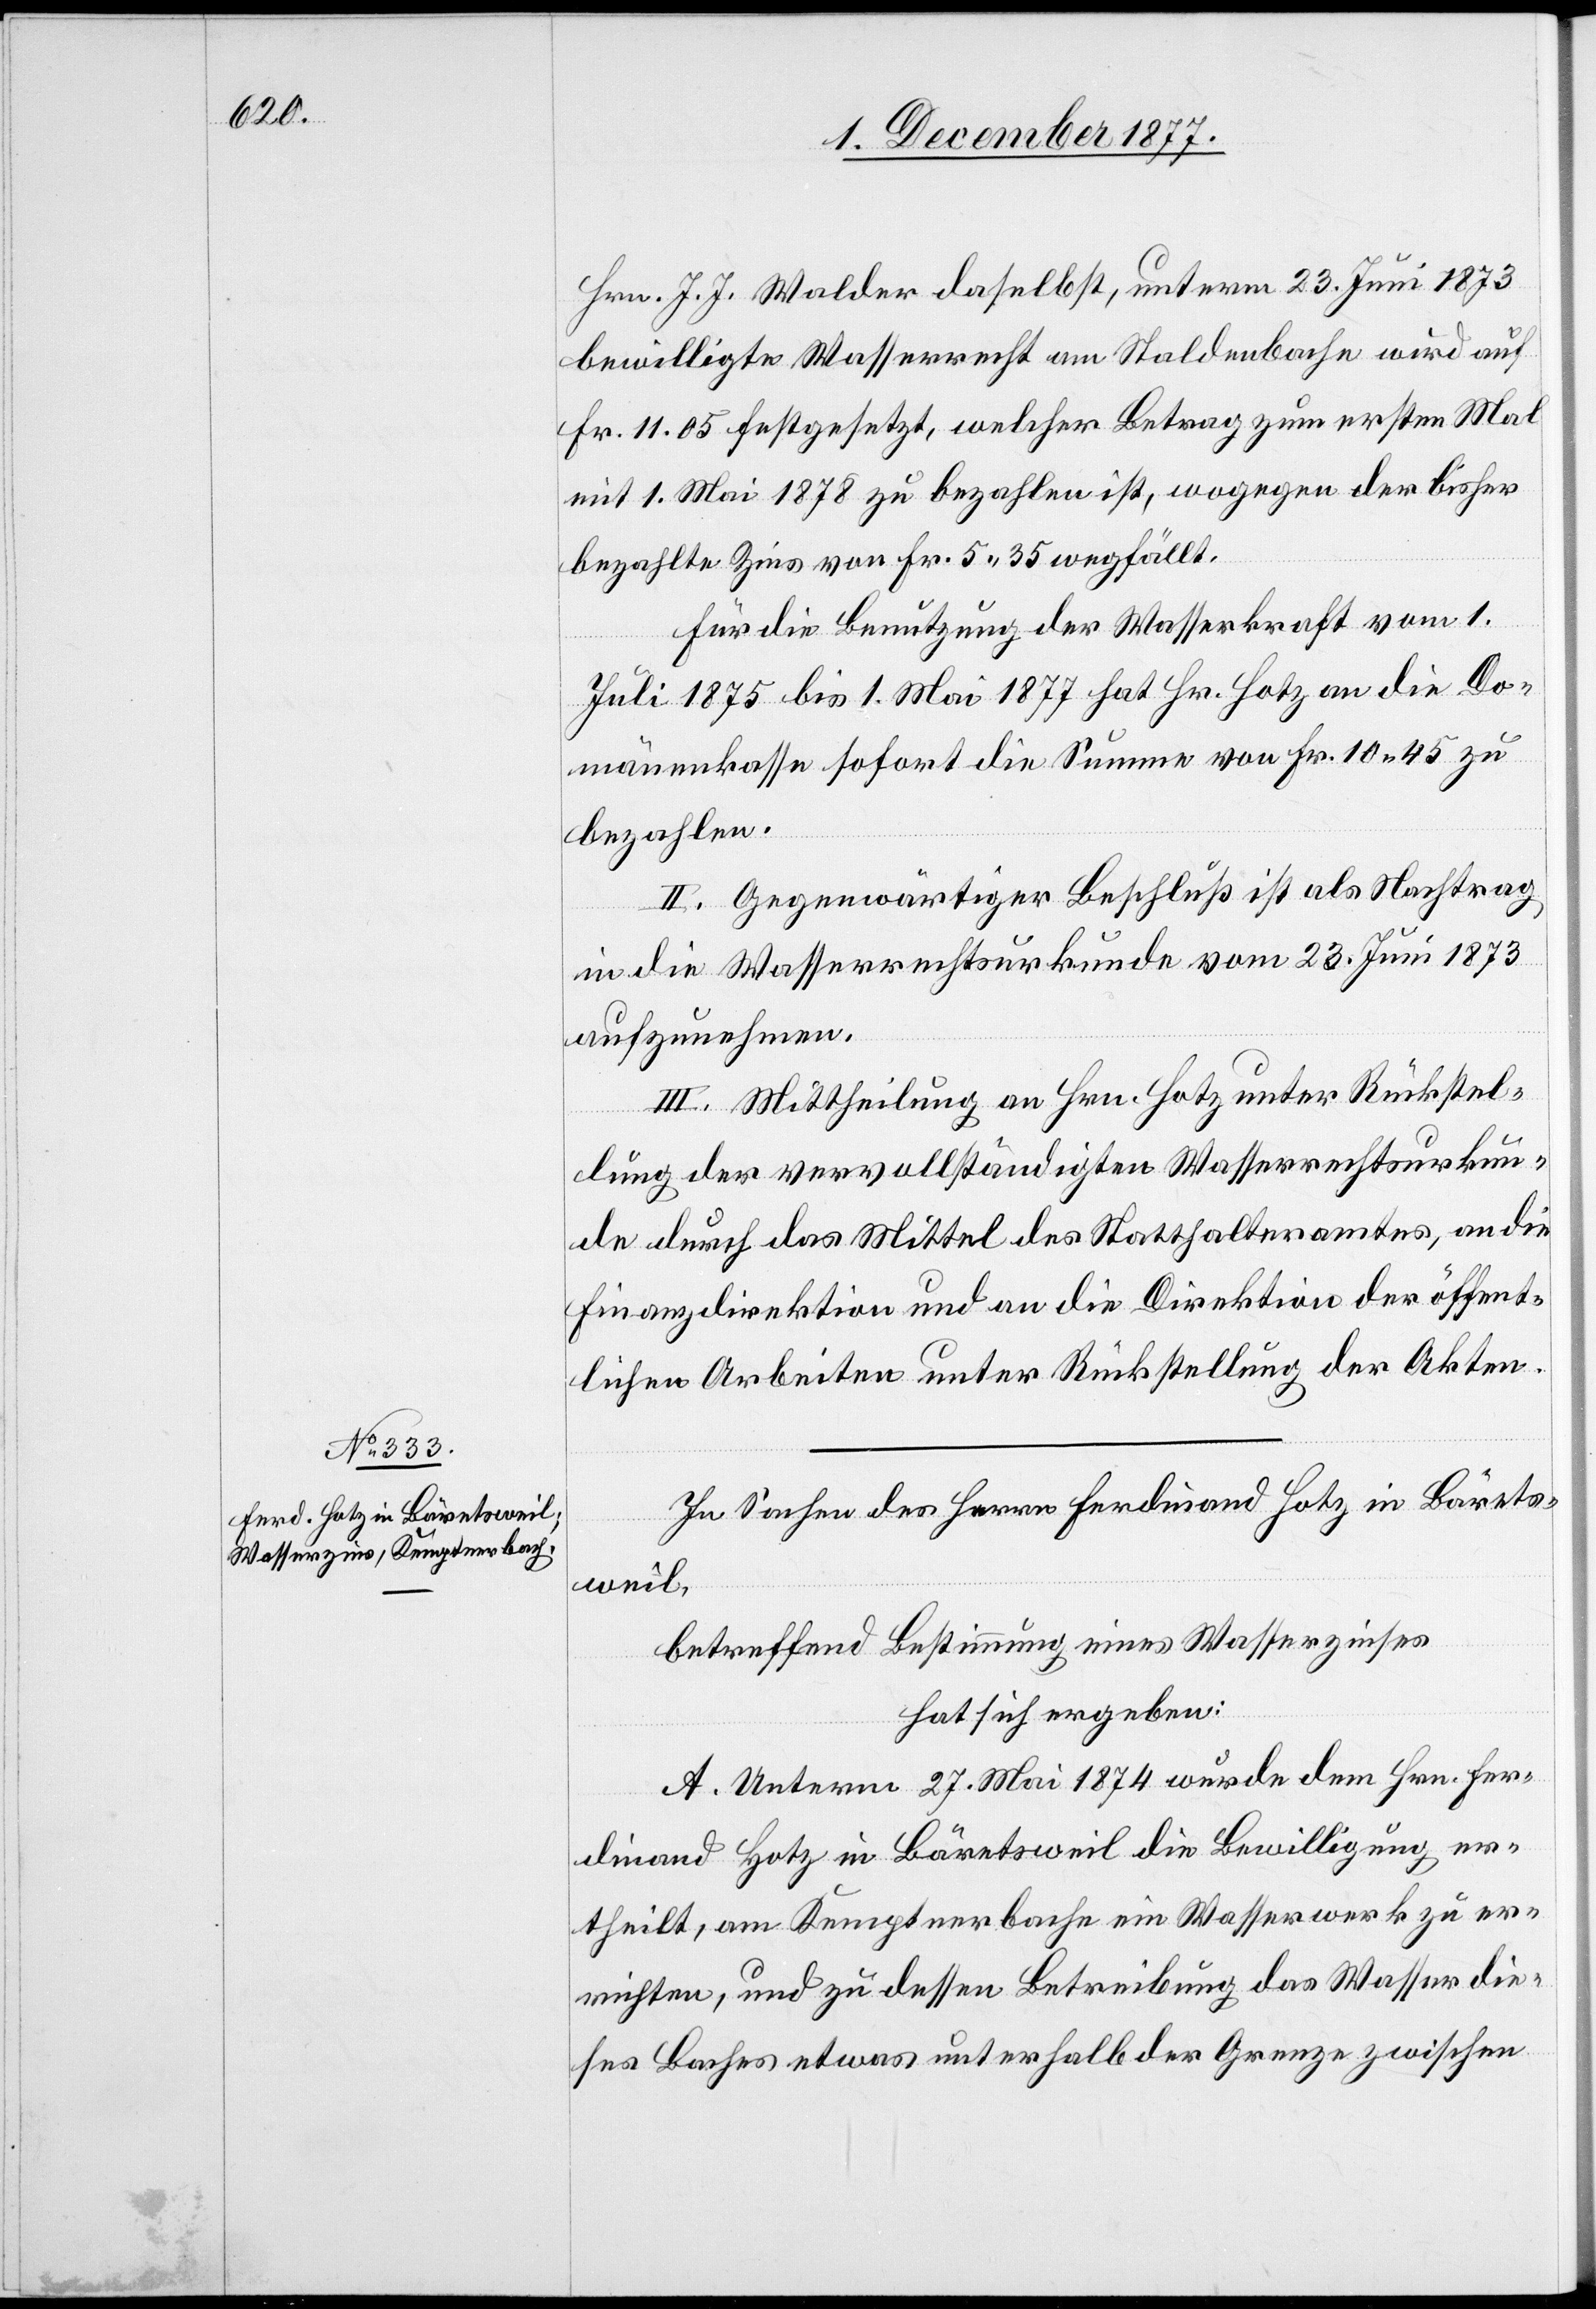
Hrn. J. J. Walder daselbst, unterm 23. Juni 1873
bewilligte Wasserrecht am Staldenbache wird auf
Fr. 11.05 festgesetzt, welcher Betrag zum ersten Mal
mit 1. Mai 1878 zu bezahlen ist, wogegen der bisher
bezahlte Zins von Fr. 5.35 wegfällt.
Für die Benutzung der Wasserkraft vom 1.
Juli 1875 bis 1. Mai 1877 hat Hr. Hotz an die Do¬
mänenkasse sofort die Summe von Fr. 10.45 zu
bezahlen.
II. Gegenwärtiger Beschluß ist als Nachtrag
in die Wasserrechtsurkunde vom 23. Juni 1873
aufzunehmen.
III. Mittheilung an Hrn. Hotz unter Rückstel¬
lung der vervollständigten Wasserrechtsurkun¬
de durch das Mittel des Statthalteramtes, an die
Finanzdirektion und an die Direktion der öffent¬
lichen Arbeiten unter Rückstellung der Akten.
In Sachen des Herrn Ferdinand Hotz in Bärets¬
weil,
betreffend Bestimmung eines Wasserzinses
hat sich ergeben:
A. Unterm 27. Mai 1874 wurde dem Hrn. Fer¬
dinand Hotz in Bäretsweil die Bewilligung er¬
theilt, am Kemptnerbache ein Wasserwerk zu er¬
richten, und zu dessen Betreibung das Wasser die¬
ses Baches etwas unterhalb der Grenze zwischen